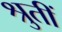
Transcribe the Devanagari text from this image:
श्रुतीं